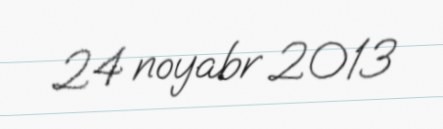
24 noyabr 2013